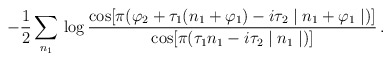
\begin{align*}-\frac{1}{2} \sum_{n_1}\, \log \frac{\cos [ \pi ( \varphi_2 + \tau_1(n_1 + \varphi_1) - i \tau_2 \mid n_1 +\varphi_1 \mid )]}{\cos [ \pi (\tau_1n_1 - i \tau_2 \mid n_1 \mid )]} \,.\end{align*}